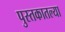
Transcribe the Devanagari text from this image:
पुस्‍तकातल्या